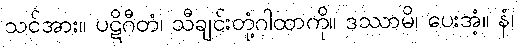
သင်အား။ ပဋိဂီတံ၊ သီချင်းတုံ့ဂါထာကို။ ဒဿာမိ၊ ပေးအံ့။ နံ၊